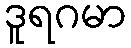
ဒူရဂမာ